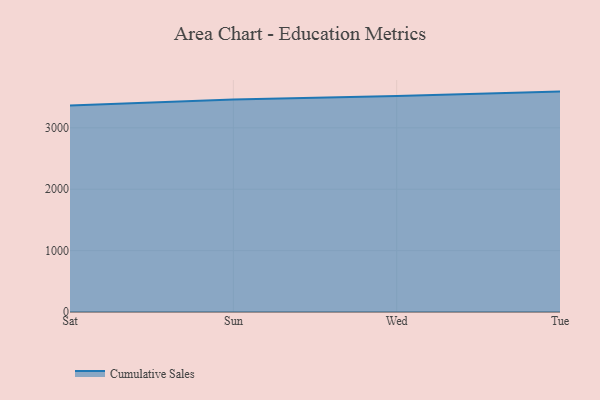
{"axis": {"x": "Day", "y": "Active Users"}, "legend": ["Cumulative Sales"], "data": [{"x": "Sat", "y": 3362.3, "type": "Cumulative Sales"}, {"x": "Sun", "y": 3463.3, "type": "Cumulative Sales"}, {"x": "Wed", "y": 3519.8, "type": "Cumulative Sales"}, {"x": "Tue", "y": 3590.6, "type": "Cumulative Sales"}]}